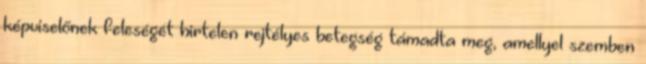
képviselőnek feleségét hirtelen rejtélyes betegség támadta meg, amellyel szemben